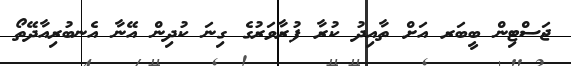
ޖަސްޓިން ބީބަރ އަށް ތާއިދު ކުރާ ފުރާވަރުގެ ގިނަ ކުދިން އޭނާ އެނބުރިއާދޭތޯ